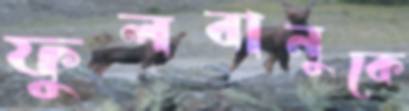
ফুলবানুকে